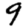
Digit: 9